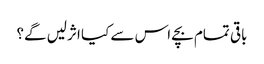
باقی تمام بچے اس سے کیا اثرلیں گے؟